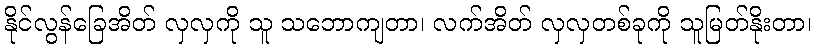
နိုင်လွန်ခြေအိတ် လှလှကို သူ သဘောကျတာ၊ လက်အိတ် လှလှတစ်ခုကို သူမြတ်နိုးတာ၊